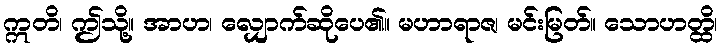
ဣတိ၊ ဤသို့။ အာဟ၊ လျှောက်ဆိုပေ၏။ မဟာရာဇ၊ မင်းမြတ်။ သောဟတ္ထိ၊